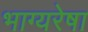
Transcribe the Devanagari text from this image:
भाग्यरेषा